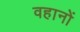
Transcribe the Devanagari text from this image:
वहानों